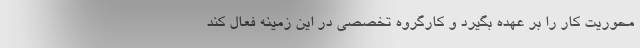
محوریت کار را بر عهده بگیرد و کارگروه تخصصی در این زمینه فعال کند